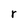
Character: r